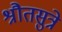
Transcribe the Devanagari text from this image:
श्रौतसुत्रे